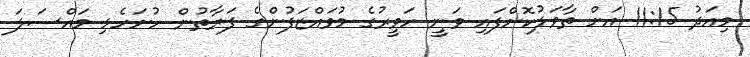
މިއަދު 11:15 އަށް ތާވަލުކޮށްފައި ވަނީ ހަވީރުގެ މުވައްޒަފުންގެ ފަރާތުން ހުށަހެޅި މައްސަލަ